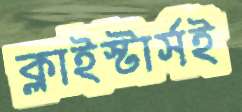
ক্লাইস্টার্সই